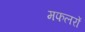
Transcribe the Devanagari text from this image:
मफलरों